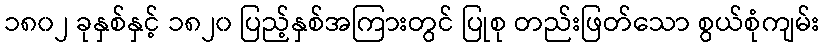
၁၈၀၂ ခုနှစ်နှင့် ၁၈၂၀ ပြည့်နှစ်အကြားတွင် ပြုစု တည်းဖြတ်သော စွယ်စုံကျမ်း